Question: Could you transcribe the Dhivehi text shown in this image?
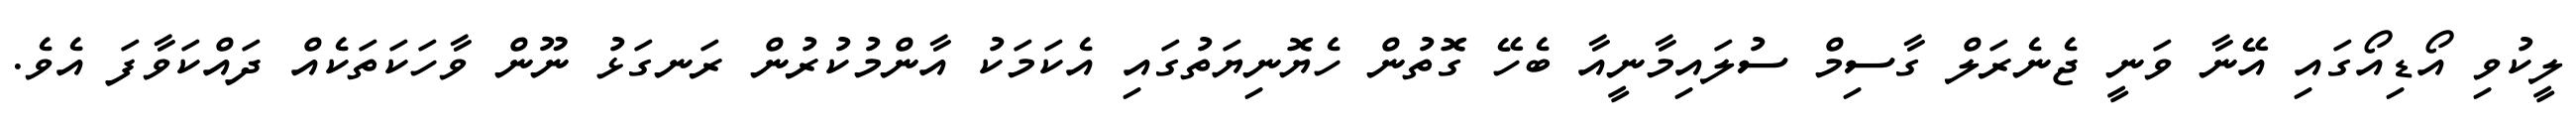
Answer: ލީކުވި އޯޑިއޯގައި އޭނާ ވަނީ ޖެނެރަލް ގާސިމް ސުލައިމާނީއާ ބެހޭ ގޮތުން ހެޔޮނިޔަތުގައި އެކަމަކު އާންމުކުރުން ރަނގަޅު ނޫން ވާހަކަތަކެއް ދައްކަވާފަ އެވެ.